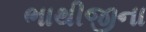
ભાથીજીના